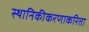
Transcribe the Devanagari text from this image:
स्थानिकीकरणाकरिता